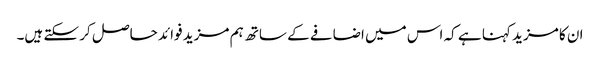
ان کا مزید کہنا ہے کہ اس میں اضافے کے ساتھ ہم مزید فوائد حاصل کر سکتے ہیں۔